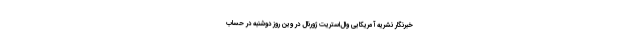
خبرنگار نشریه آمریکایی وال‌استریت ژورنال در وین روز دوشنبه در حساب